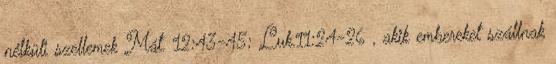
nélküli szellemek Mát. 12:43-45; Luk.11:24-26 , akik embereket szállnak